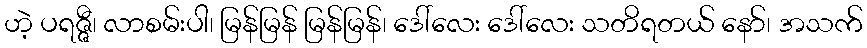
ဟဲ့ ပရဇ္ဇီ၊ လာစမ်းပါ၊ မြန်မြန် မြန်မြန်၊ ဒေါ်လေး ဒေါ်လေး သတိရတယ် နော်၊ အသက်